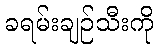
ခရမ်းချဉ်သီးကို